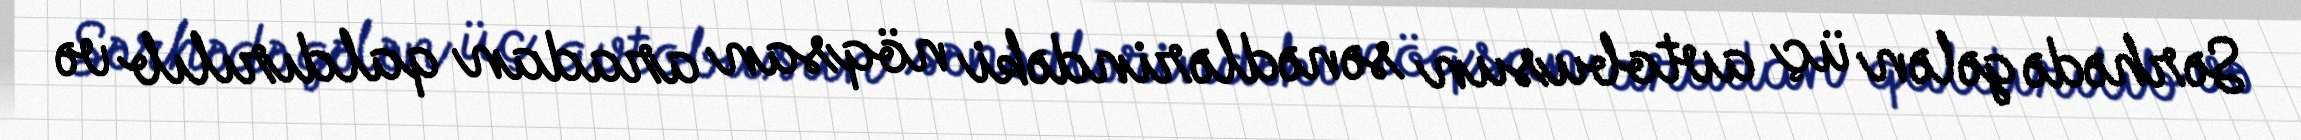
Sərhədə gələn üç avtobusun sənədlərindəki nöqsan aradan qaldırılıb və